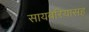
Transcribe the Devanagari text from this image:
सायबेरियासह